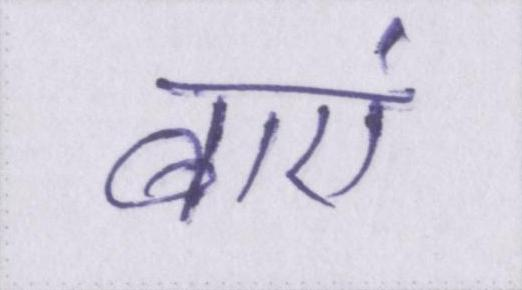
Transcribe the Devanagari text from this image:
बाएं